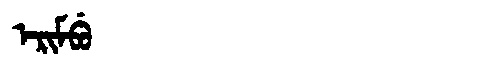
Manchu: ᡝᡵᡳᠮᠪᡠ
Romanization: ERIMBU